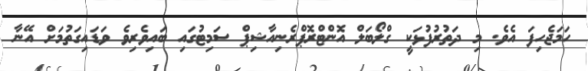
ހަމަޖެހިފަ އެވެ. މި ދަތުރުފުޅަކީ ގްލޯބަލް އޮންޓްރޮޕްރެނިއާޝިޕް ސަމިޓުގައި ބައިވެރިވެ ވަޑައިގަތުމަށް އޭނާ